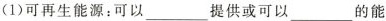
(1)可再生能源：可以___提供或可以___的能